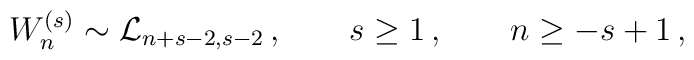
W^{(s)}_n \sim {\cal L}_{n+s-2,s-2}\,,\qquad s \geq 1\,,\qquad   n \geq -s+1\,,